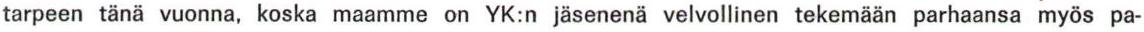
tarpeen tänä vuonna, koska maamme on YK:n jäsenenä velvollinen tekemään parhaansa myös pa-